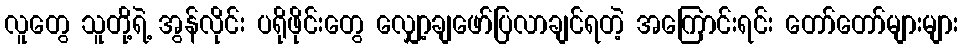
လူတွေ သူတို့ရဲ့ အွန်လိုင်း ပရိုဖိုင်းတွေ လျှော့ချဖော်ပြလာချင်ရတဲ့ အကြောင်းရင်း တော်တော်များများ